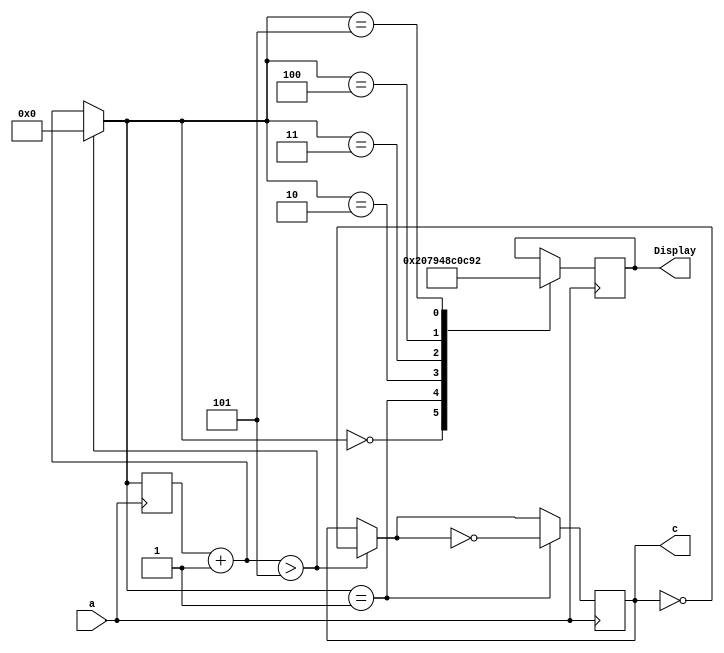
//This program is to control the tens

module tens (input a, output reg [6:0] Display, output reg c);
reg [3:0] conta;

always @(negedge a)
begin
	conta=conta+1;
	if (conta>5)
	begin
		conta=0;
		c=~c;
	end
	case (conta)
	4'b0000:
	begin
		Display=7'b1000000;
	end
	4'b0001:
	begin
		Display=7'b1111001;
		c=~c;
	end
	4'b0010:
	begin
		Display=7'b0100100;
	end
	4'b0011:
	begin
		Display=7'b0110000;
	end
	4'b0100:
	begin
		Display=7'b0011001;
	end
	4'b0101:
	begin
		Display=7'b0010010;
	end
	endcase
	
end
endmodule